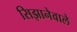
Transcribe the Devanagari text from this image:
सिझानेवाले